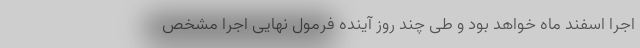
اجرا اسفند ماه خواهد بود و طی چند روز آینده فرمول نهایی اجرا مشخص